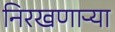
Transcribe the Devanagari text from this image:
निरखणाऱ्या